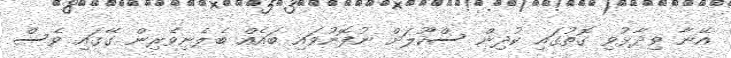
އޭނާ ވިދާޅުވި ގޮތުގައި ކުދިން ސްކޫލަށް ނުފޮނުވައި ބައެއް ބެލެނިވެރިން ގޭގައި ވެސް